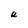
Character: U